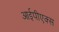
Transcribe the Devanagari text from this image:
आईपीएक्स